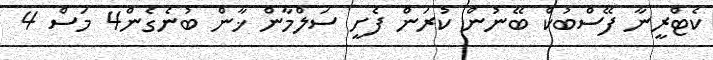
ކެޓްރީނާ ފޭސްބުކް ބޭނުން ކުރަން ފެށީ ސަލްމާން ޚާން ބުނެގެން4 މަސް 4